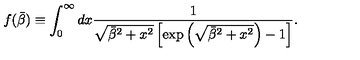
f ( \bar { \beta } ) \equiv \int _ { 0 } ^ { \infty } d x \frac { 1 } { \sqrt { \bar { \beta } ^ { 2 } + x ^ { 2 } } \left[ \exp \left( \sqrt { \bar { \beta } ^ { 2 } + x ^ { 2 } } \right) - 1 \right] } .